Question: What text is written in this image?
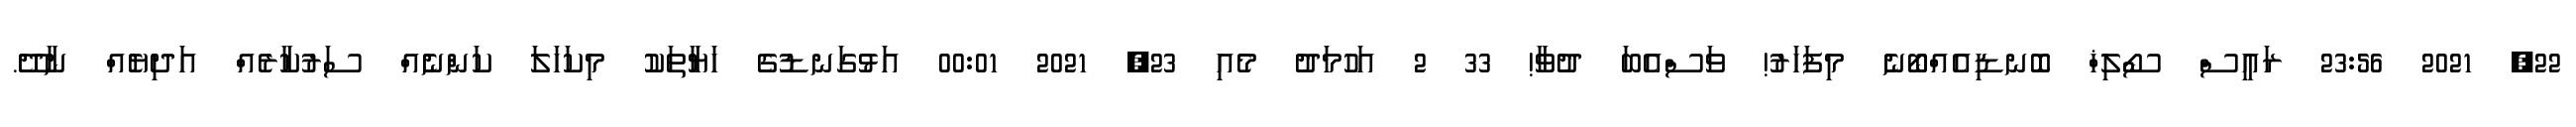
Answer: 22, 2021 23:56 ރައީސް ސޯލިޚް ބޮނޑިއެއްބޯނެ މިފަހަރު! ވަސްއެބަ ދުވާ! 33 2 އަހުމަދު މެއި 23, 2021 00:01 އަޅުގަނޑުގެ ހަޔާތަކު މިކަހަލަ ކަންނެއް ސަރުކާރެއް އަދިޔެއް ނާދޭ.